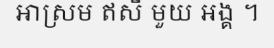
អាស្រម ឥសី មួយ អង្គ ។